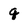
Character: q